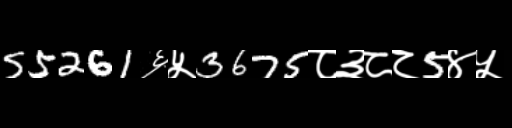
Text: 55261६५3675८३८८5४५